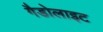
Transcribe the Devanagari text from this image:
गैडोलाइट